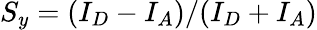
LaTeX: S_{y}=(I_{D}-I_{A})/(I_{D}+I_{A})